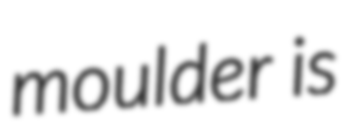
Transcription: moulder is